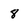
Character: 8